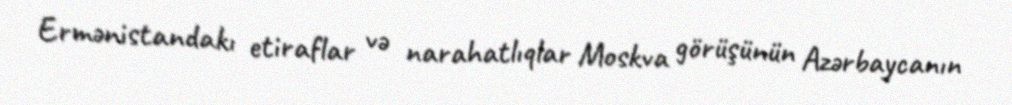
Ermənistandakı etiraflar və narahatlıqlar Moskva görüşünün Azərbaycanın